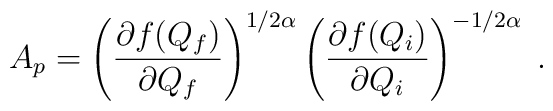
A_p = \left ( \frac{ \partial f(Q_f) }{ \partial Q_f } \right )^{1/2\alpha}\left (\frac{ \partial f( Q_i ) }{ \partial Q_i } \right )^{- 1/2\alpha} \; .